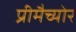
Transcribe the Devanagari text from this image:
प्रीमैच्योर